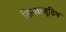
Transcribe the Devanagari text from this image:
किया।जूडिथ